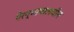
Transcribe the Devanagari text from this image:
गैरन्यायालयीन